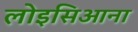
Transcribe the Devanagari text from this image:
लोइसिआना